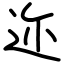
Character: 迩